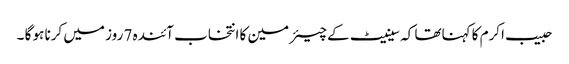
حبیب اکرم کا کہناتھا کہ سینیٹ کے چیئر مین کا انتخاب آئندہ 7 روز میں کرنا ہو گا ۔